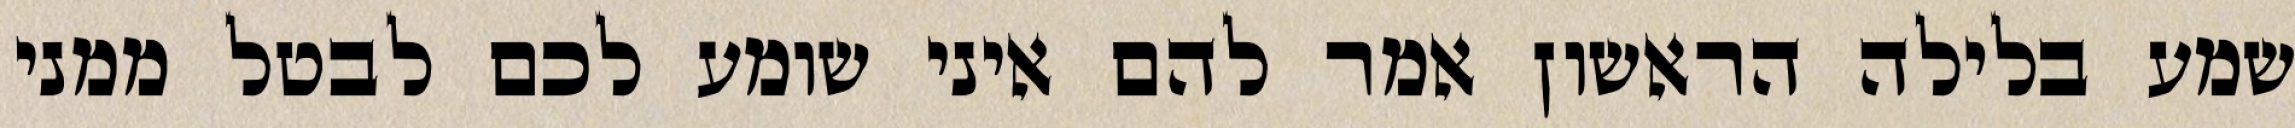
שמע בלילה הראשון אמר להם איני שומע לכם לבטל ממני